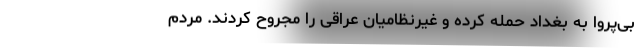
بی‌پروا به بغداد حمله کرده و غیرنظامیان عراقی را مجروح کردند. مردم